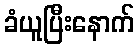
ခံယူပြီးနောက်